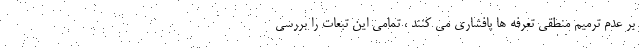
بر عدم ترمیم منطقی تعرفه ها پافشاری می کنند ، تمامی این تبعات را بررسی